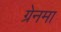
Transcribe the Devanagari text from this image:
ग्रेनमा